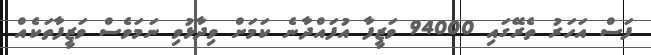
ފަސް އަހަރު ތެރޭގައި 94000 ވަޒީފާ އުފައްދާނެ ކަމަށް ވިދާޅުވި ނަމަވެސް ވަޒީފާތަކެއް